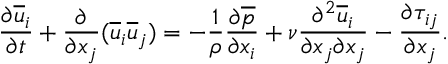
\frac { \partial \overline { { u } } _ { i } } { \partial t } + \frac { \partial } { \partial x _ { j } } ( \overline { { u } } _ { i } \overline { { u } } _ { j } ) = - \frac { 1 } { \rho } \frac { \partial \overline { { p } } } { \partial x _ { i } } + \nu \frac { \partial ^ { 2 } \overline { { u } } _ { i } } { \partial x _ { j } \partial x _ { j } } - \frac { \partial \tau _ { i j } } { \partial x _ { j } } .